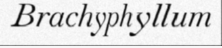
Brachyphyllum